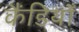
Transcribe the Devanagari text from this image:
कैंडियाँ